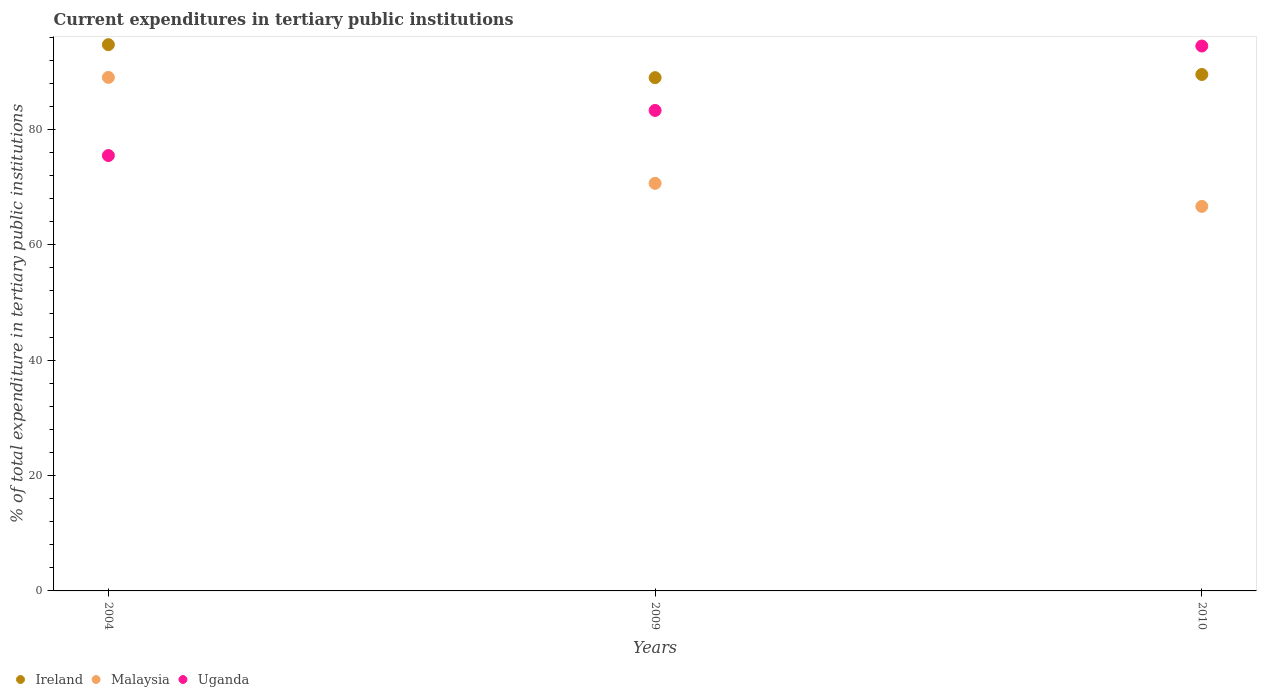
| Years | Ireland | Malaysia | Uganda |
 | --- | --- | --- | --- |
 | 2004 | 94.7 | 89 | 75.5 |
 | 2009 | 89 | 70.6 | 83.3 |
 | 2010 | 89.5 | 66.6 | 94.4 |